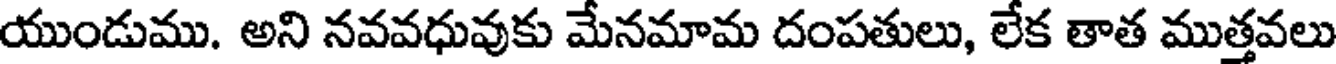
యుండుము. అని నవవధువుకు మేనమామ దంపతులు, లేక తాత ముత్తవలు